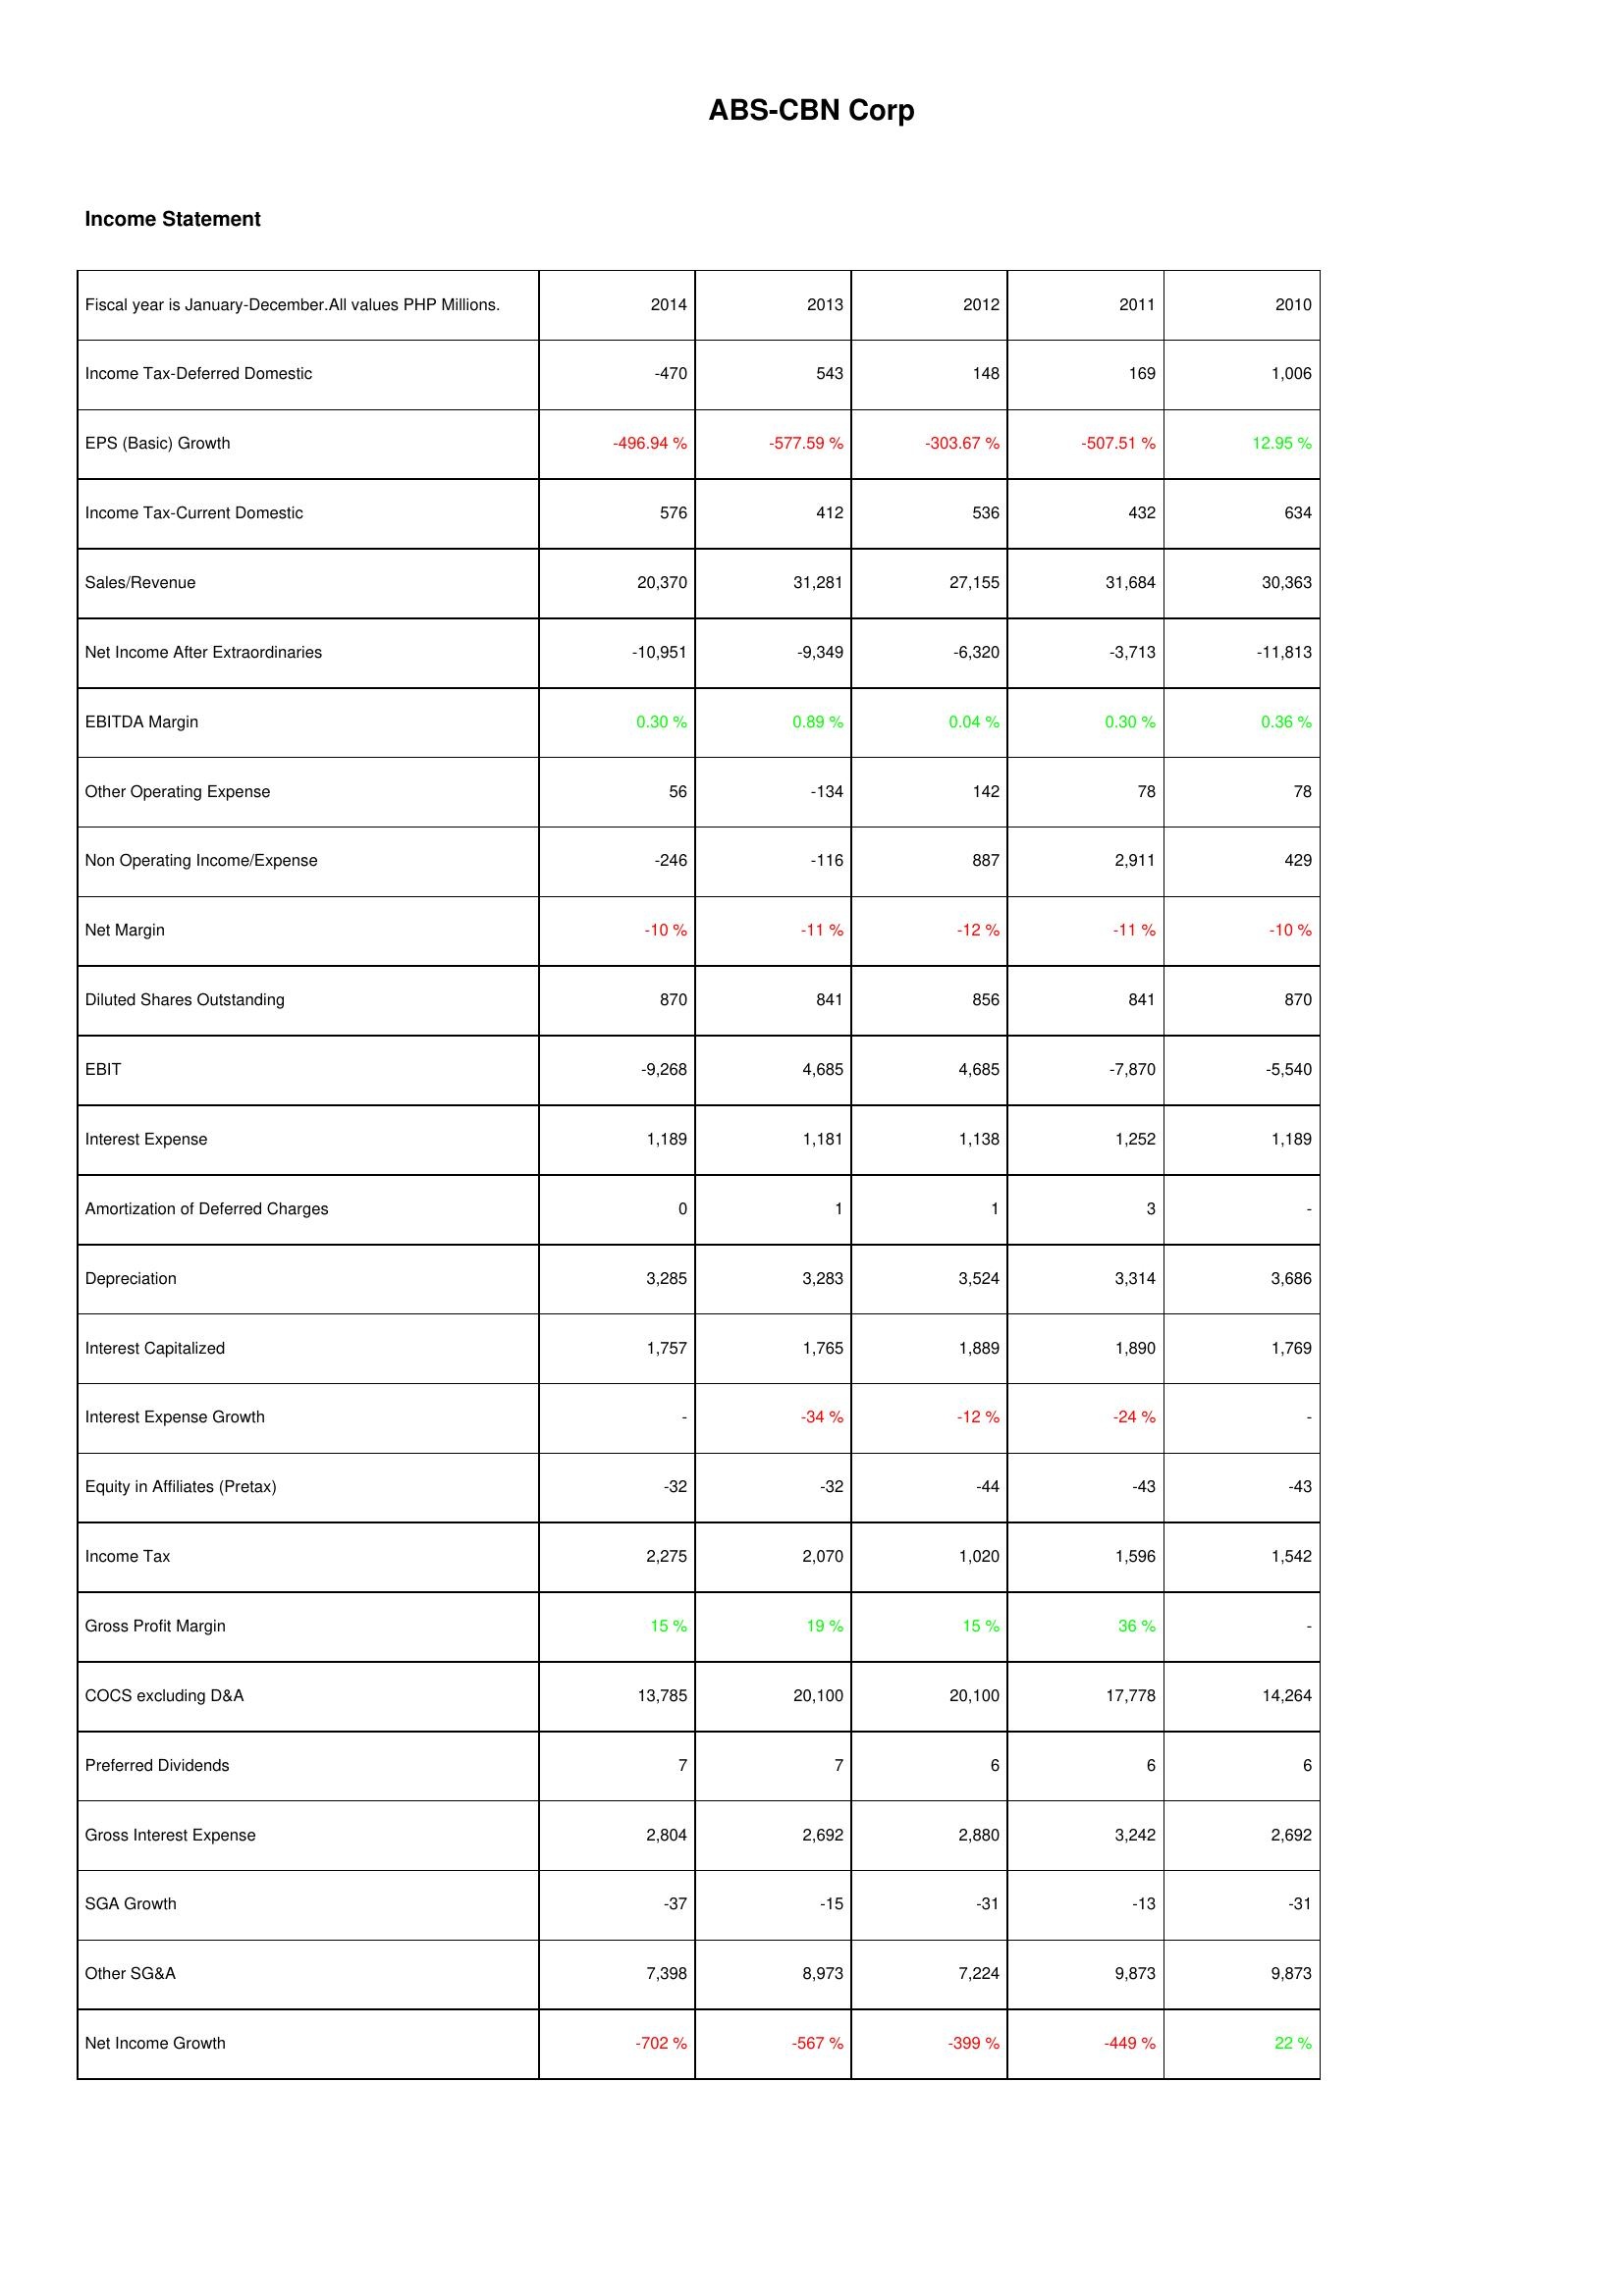
2014: Income Statement: Income Tax-Deferred Domestic: -470
EPS (Basic) Growth: -496.94 %
Income Tax-Current Domestic: 576
Sales/Revenue: 20,370
Net Income After Extraordinaries: -10,951
EBITDA Margin: 0.30 %
Other Operating Expense: 56
Non Operating Income/Expense: -246
Net Margin: -10 %
Diluted Shares Outstanding: 870
EBIT: -9,268
Interest Expense: 1,189
Amortization of Deferred Charges: 0
Depreciation: 3,285
Interest Capitalized: 1,757
Interest Expense Growth: -
Equity in Affiliates (Pretax): -32
Income Tax: 2,275
Gross Profit Margin: 15 %
COCS excluding D&A: 13,785
Preferred Dividends: 7
Gross Interest Expense: 2,804
SGA Growth: -37
Other SG&A: 7,398
Net Income Growth: -702 %
2013: Income Statement: Income Tax-Deferred Domestic: 543
EPS (Basic) Growth: -577.59 %
Income Tax-Current Domestic: 412
Sales/Revenue: 31,281
Net Income After Extraordinaries: -9,349
EBITDA Margin: 0.89 %
Other Operating Expense: -134
Non Operating Income/Expense: -116
Net Margin: -11 %
Diluted Shares Outstanding: 841
EBIT: 4,685
Interest Expense: 1,181
Amortization of Deferred Charges: 1
Depreciation: 3,283
Interest Capitalized: 1,765
Interest Expense Growth: -34 %
Equity in Affiliates (Pretax): -32
Income Tax: 2,070
Gross Profit Margin: 19 %
COCS excluding D&A: 20,100
Preferred Dividends: 7
Gross Interest Expense: 2,692
SGA Growth: -15
Other SG&A: 8,973
Net Income Growth: -567 %
2012: Income Statement: Income Tax-Deferred Domestic: 148
EPS (Basic) Growth: -303.67 %
Income Tax-Current Domestic: 536
Sales/Revenue: 27,155
Net Income After Extraordinaries: -6,320
EBITDA Margin: 0.04 %
Other Operating Expense: 142
Non Operating Income/Expense: 887
Net Margin: -12 %
Diluted Shares Outstanding: 856
EBIT: 4,685
Interest Expense: 1,138
Amortization of Deferred Charges: 1
Depreciation: 3,524
Interest Capitalized: 1,889
Interest Expense Growth: -12 %
Equity in Affiliates (Pretax): -44
Income Tax: 1,020
Gross Profit Margin: 15 %
COCS excluding D&A: 20,100
Preferred Dividends: 6
Gross Interest Expense: 2,880
SGA Growth: -31
Other SG&A: 7,224
Net Income Growth: -399 %
2011: Income Statement: Income Tax-Deferred Domestic: 169
EPS (Basic) Growth: -507.51 %
Income Tax-Current Domestic: 432
Sales/Revenue: 31,684
Net Income After Extraordinaries: -3,713
EBITDA Margin: 0.30 %
Other Operating Expense: 78
Non Operating Income/Expense: 2,911
Net Margin: -11 %
Diluted Shares Outstanding: 841
EBIT: -7,870
Interest Expense: 1,252
Amortization of Deferred Charges: 3
Depreciation: 3,314
Interest Capitalized: 1,890
Interest Expense Growth: -24 %
Equity in Affiliates (Pretax): -43
Income Tax: 1,596
Gross Profit Margin: 36 %
COCS excluding D&A: 17,778
Preferred Dividends: 6
Gross Interest Expense: 3,242
SGA Growth: -13
Other SG&A: 9,873
Net Income Growth: -449 %
2010: Income Statement: Income Tax-Deferred Domestic: 1,006
EPS (Basic) Growth: 12.95 %
Income Tax-Current Domestic: 634
Sales/Revenue: 30,363
Net Income After Extraordinaries: -11,813
EBITDA Margin: 0.36 %
Other Operating Expense: 78
Non Operating Income/Expense: 429
Net Margin: -10 %
Diluted Shares Outstanding: 870
EBIT: -5,540
Interest Expense: 1,189
Amortization of Deferred Charges: -
Depreciation: 3,686
Interest Capitalized: 1,769
Interest Expense Growth: -
Equity in Affiliates (Pretax): -43
Income Tax: 1,542
Gross Profit Margin: -
COCS excluding D&A: 14,264
Preferred Dividends: 6
Gross Interest Expense: 2,692
SGA Growth: -31
Other SG&A: 9,873
Net Income Growth: 22 %